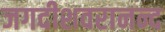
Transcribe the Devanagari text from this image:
जगदीशवरानन्द